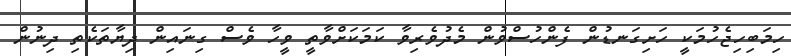
ހިމަބިހިޖެހުމަކީ ހަށިގަނޑުން ފެންހުސްވުން މެދުވެރިވާ ކަމަކަށްވާތީ ވީހާ ވެސް ގިނައިން ދިޔާތަކެތި ދިނުން